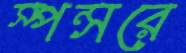
স্পন্সরে